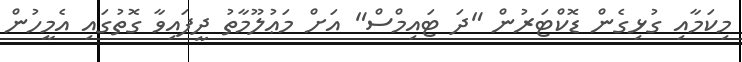
މިކަމާއި ގުޅިގެން ޑޮކްޓަރުން "ދަ ޓައިމްސް" އަށް މަޢުލޫމާތު ދީފައިވާ ގޮތުގައި އެމީހުން